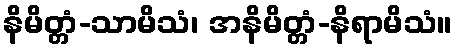
နိမိတ္တံ-သာမိသံ၊ အနိမိတ္တံ-နိရာမိသံ။